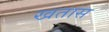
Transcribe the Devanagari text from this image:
खतास